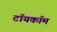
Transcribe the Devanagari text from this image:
टॉयकॉम